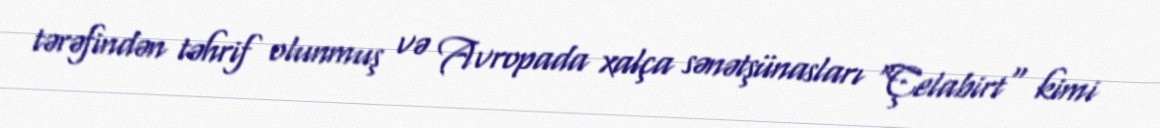
tərəfindən təhrif olunmuş və Avropada xalça sənətşünasları "Çelabirt" kimi